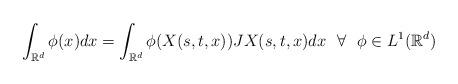
LaTeX: \begin{align*}\int_{\mathbb{R}^d}\phi(x)dx=\int_{\mathbb{R}^d} \phi(X(s,t,x)) JX(s,t,x)dx~~\forall~~\phi \in L^1(\mathbb{R}^d)\end{align*}